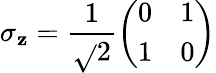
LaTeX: \sigma_{\mathbf{z}}={\frac{{1}}{{\sqrt{}{{2}}}}}{\left(\begin{array}{ll}{0}&{1}\\ {1}&{0}\end{array}\right)}